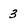
Character: 3